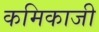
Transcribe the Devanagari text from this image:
कमिकाजी